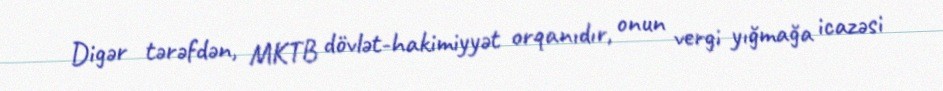
Digər tərəfdən, MKTB dövlət-hakimiyyət orqanıdır, onun vergi yığmağa icazəsi